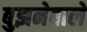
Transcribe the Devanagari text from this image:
बुझनेवाले